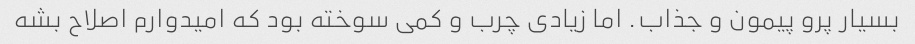
بسیار پرو پیمون و جذاب. اما زیادی چرب و کمی سوخته بود که امیدوارم اصلاح بشه